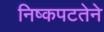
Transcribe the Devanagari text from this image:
निष्कपटतेने